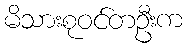
မိသားစုဝင်တဦးက